Annual returns of the Patna Lunatic Asylum at Bankipore in Bihar and Orissa - 1912-1924
Year: 1912
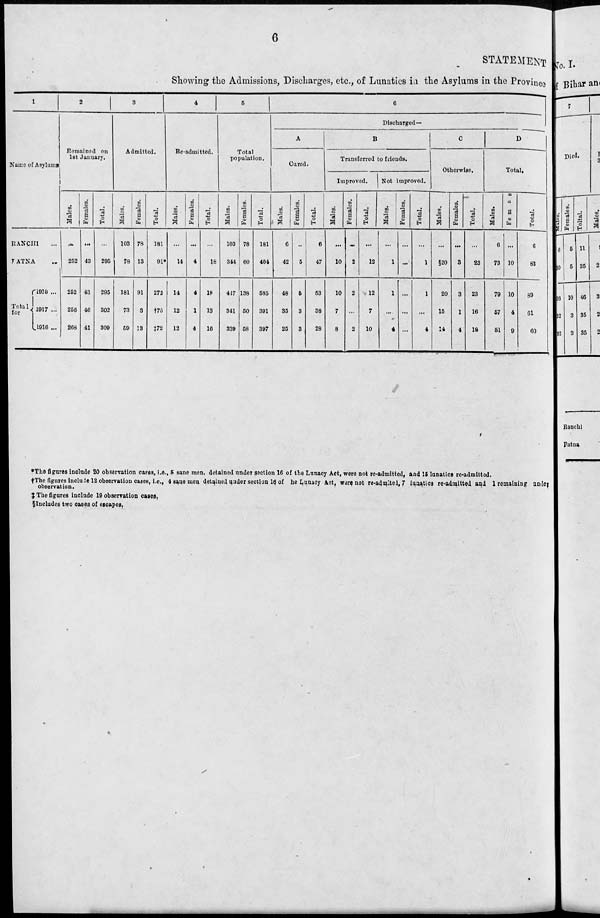
6
STATEMENT
Showing the Admissions, Discharges, etc., of Lunatics in the Asylums in the Province
1
Name of Asylums
RANCHI ...
PATNA ...
Total
for
1918 ...
1917 ...
1916 ...
2
Remained on
1st January.
Males.
...
252
252
256
268
Females.
...
43
43
46
41
Total.
...
295
295
302
309
3
Admitted.
Males.
103
78
181
73
59
Females.
78
13
91
3
13
Total.
181
91*
272
„73
‡72
4
Re-admitted.
Males.
...
14
14
12
12
Females.
...
4
4
1
4
Total.
...
18
18
13
16
5
Total
population.
Males.
103
344
417
341
339
Females.
78
60
138
50
58
Total.
181
404
585
391
397
6
Discharged—
A
Cured.
Males.
6
42
48
35
25
Females.
...
5
5
3
3
Total.
6
47
53
38
28
B
Transferred to friends.
Improved.
Males.
...
10
10
7
8
Females.
...
2
2
...
2
Total.
...
12
12
7
10
Not Improved.
Males.
...
1
1
...
4
Females.
...
...
...
...
...
Total.
...
1
1
...
4
C
Otherwise.
Males.
...
§20
20
15
14
Females.
...
3
3
1
4
Total.
...
23
23
16
18
D
Total.
Males.
6
73
79
57
61
Females.
...
10
10
4
9
Total.
6
83
89
61
60
*The figures include 20 observation cases, i.e., 5 sane men, detained under section 16 of the Lunacy Act, were not re-admitted, and 15 lunatics re-admitted.
†The figures include 12 observation cases, i.e., 4 sane men detained under section 16 of the Lunacy Act, were not re-admitted, 7 lunatics re-admitted and 1 remaining under
observation.
‡ The figures include 19 observation cases,
§Includes two cases of escapes,